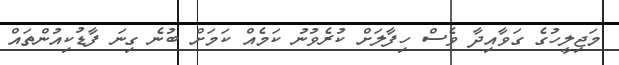
މަޖިލީހުގެ ގަވާއިދާ ވެސް ހިފާލަށް ކުރެވުނު ކަމެއް ކަމަށް ބުނެ ގިނަ ފާޑުކިއުންތައް